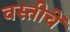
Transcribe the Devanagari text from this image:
वस्तीचें